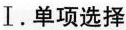
Ⅰ. 单项选择